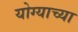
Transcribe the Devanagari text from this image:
योग्याच्या